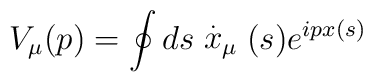
V_{\mu }(p)=\oint ds\stackrel{.}{x}_{\mu }(s)e^{ipx(s)}